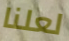
لعلنا